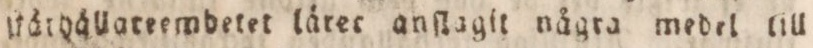
ſtärhållateemdetet läret anſlagit några medel till